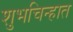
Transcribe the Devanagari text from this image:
शुभचिन्हात